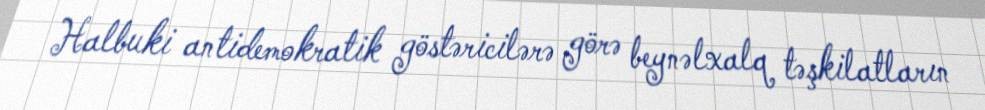
Halbuki antidemokratik göstəricilərə görə beynəlxalq təşkilatların